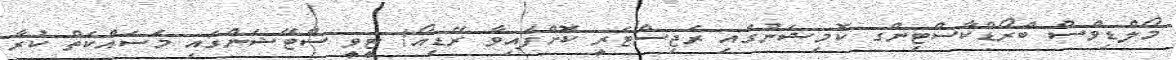
މޯލްޑިވްސް ބްރޯޑްކާސްޓިންގ ކޮމިޝަނުގައި ރަޖިސްޓަރީ ކޮށްފައިވާ ރޭޑިއޯ/ ޓީވީ ސްޓޭޝަންގައި މަސައްކަތް ކުރާ